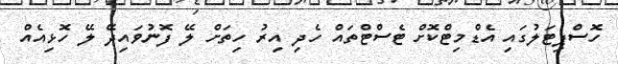
ހޮސްޕިޓަލުގައި އެޑްމިޓްކޮށް ޓެސްޓްތައް ހެދި އިރު ހިތަށް ލޭ ފޮނުވައިދޭ ލޭ ހޮޅިއެއް